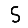
Digit: 5